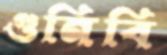
গুনিবি